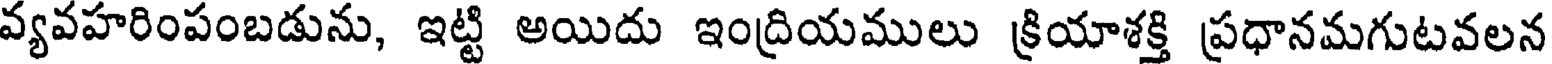
వ్యవహరింపంబడును, ఇట్టి అయిదు ఇంద్రియములు క్రియాశక్తి ప్రధానమగుటవలన